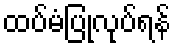
ထပ်မံပြုလုပ်ရန်